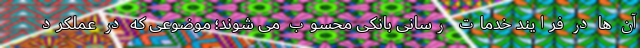
آن ها در فرایند خدمات رسانی بانکی محسوب می شوند؛ موضوعی که در عملکرد